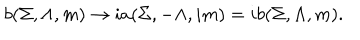
b ( \Sigma , \Lambda , m ) \rightarrow i a ( \Sigma , - \Lambda , i m ) = i b ( \Sigma , \Lambda , m ) .